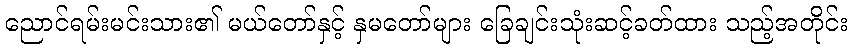
ညောင်ရမ်းမင်းသား၏ မယ်တော်နှင့် နှမတော်များ ခြေချင်းသုံးဆင့်ခတ်ထား သည့်အတိုင်း